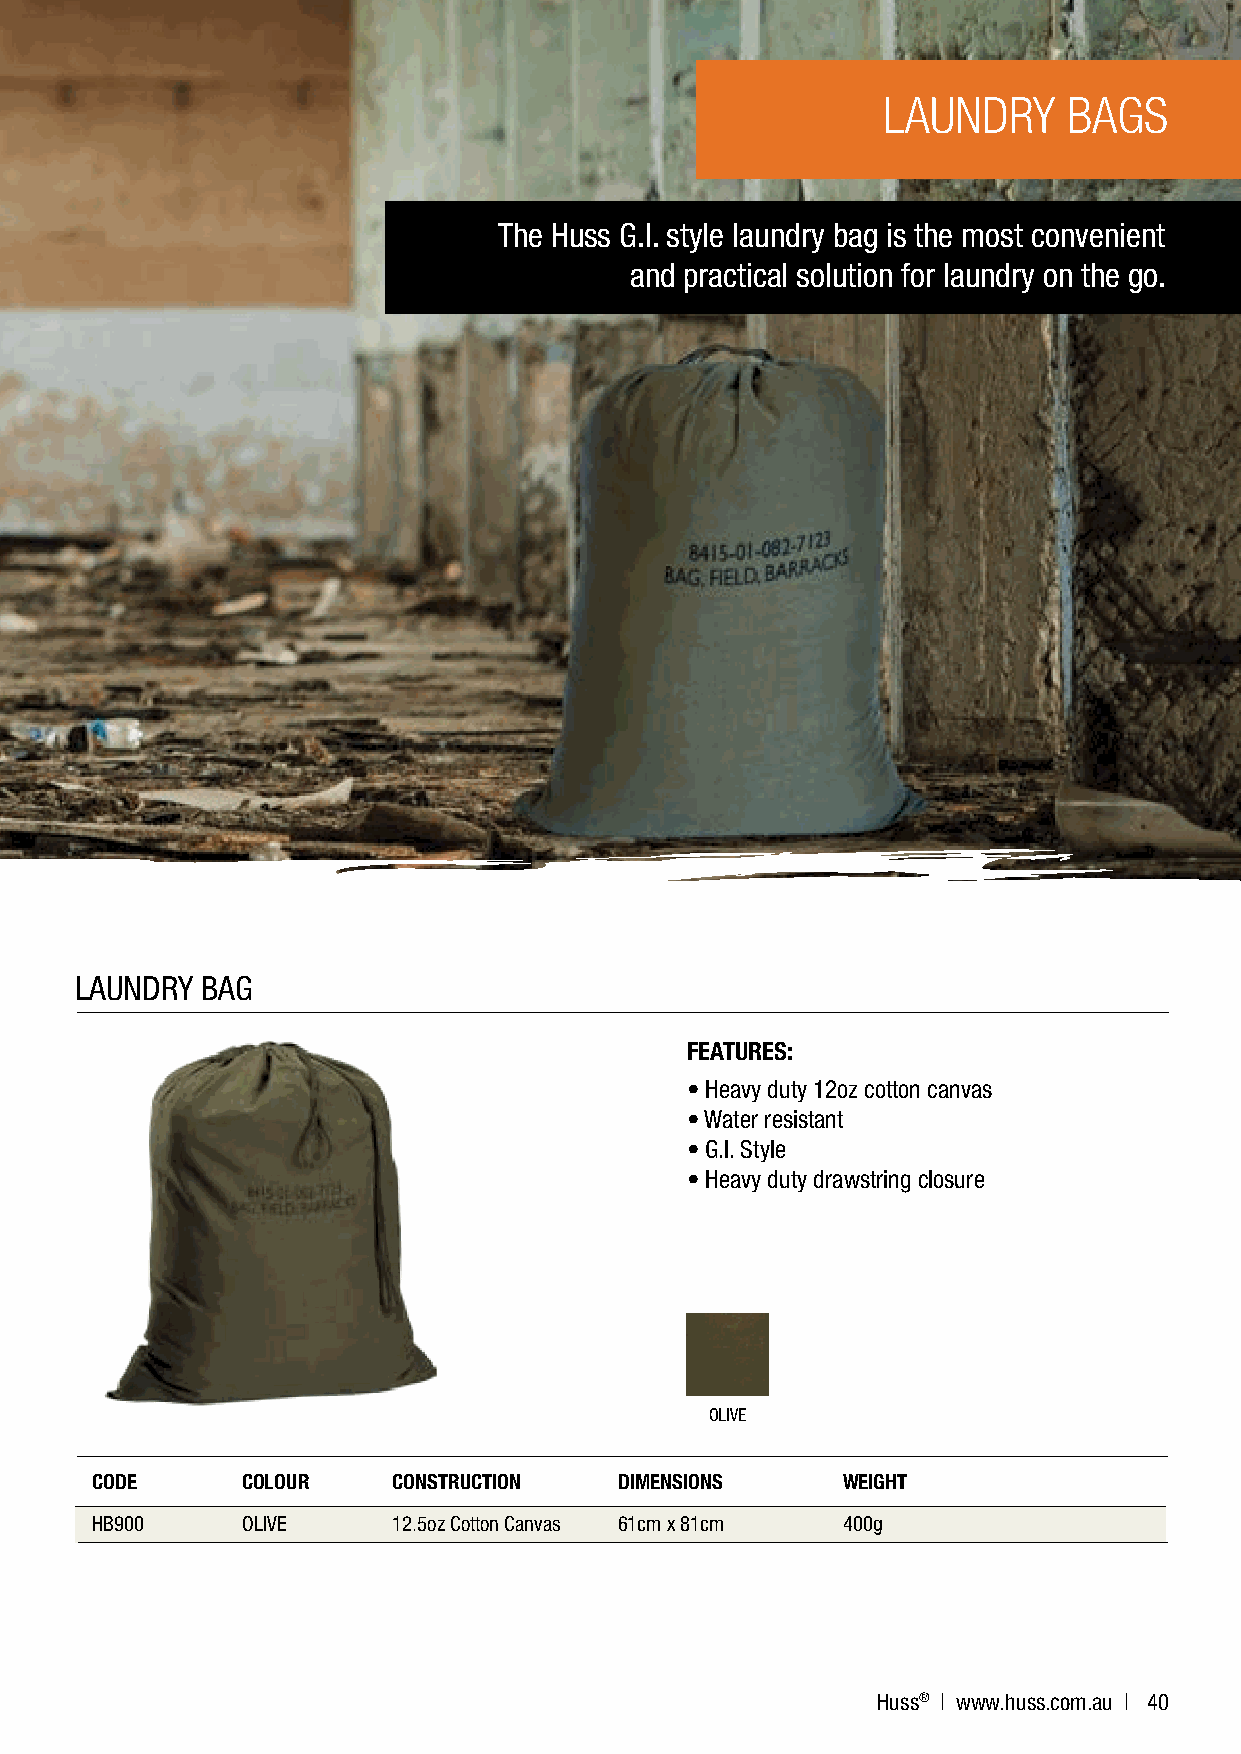
LAUNDRY      BAGS
 The Huss G.I. style laundry bag is the most convenient
 and practical solution for laundry on the go.
 F
 O
 O
 R
 P
 LAUNDRY BAG
 FEATURES:
 • Heavy duty 12oz cotton canvas
 • Water resistant
 • G.I. Style
 • Heavy duty drawstring closure
 OLIVE
 CODE      COLOUR    CONSTRUCTION   DIMENSIONS     WEIGHT
 HB900     OLIVE     12.5oz Cotton Canvas 61cm x 81cm 400g
 Huss® | www.huss.com.au | 40